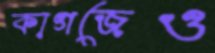
কাগজেও